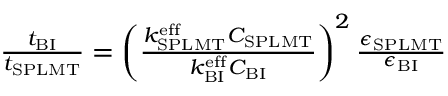
\begin{array} { r } { \frac { t _ { \mathrm { B I } } } { t _ { \mathrm { S P L M T } } } = \left( \frac { k _ { \mathrm { S P L M T } } ^ { \mathrm { e f f } } C _ { \mathrm { S P L M T } } } { k _ { \mathrm { B I } } ^ { \mathrm { e f f } } C _ { \mathrm { B I } } } \right) ^ { 2 } \frac { \epsilon _ { \mathrm { S P L M T } } } { \epsilon _ { \mathrm { B I } } } } \end{array}